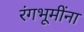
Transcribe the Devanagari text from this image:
रंगभूमींना